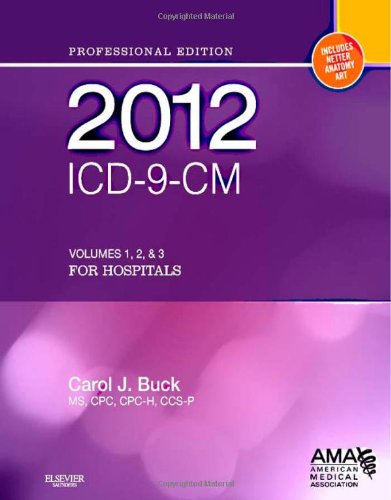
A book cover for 2012 ICD-9-CM for Hospitals, Volumes 1, 2 and 3 Professional Edition (Spiral bound), 1e (AMA ICD-9-CM for Hospitals (Professional Edition)); Carol J. Buck MS  CPC  CCS-P; Medical Books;